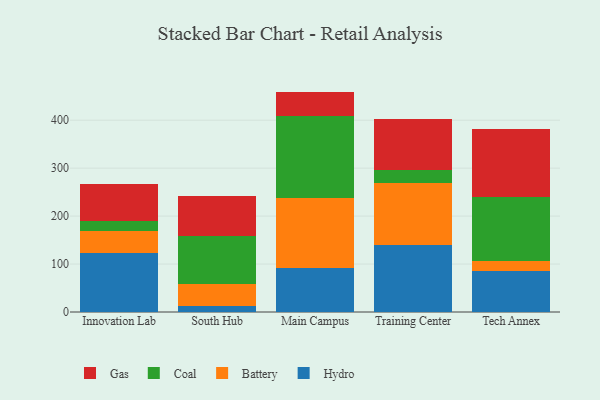
{"axis": {"x": "Campus", "y": "Revenue (USD Million)"}, "legend": ["Battery", "Coal", "Gas", "Hydro"], "data": [{"x": "Innovation Lab", "y": 123.7, "type": "Hydro"}, {"x": "Innovation Lab", "y": 45.3, "type": "Battery"}, {"x": "Innovation Lab", "y": 21.8, "type": "Coal"}, {"x": "Innovation Lab", "y": 76.5, "type": "Gas"}, {"x": "South Hub", "y": 13.1, "type": "Hydro"}, {"x": "South Hub", "y": 45.5, "type": "Battery"}, {"x": "South Hub", "y": 99.4, "type": "Coal"}, {"x": "South Hub", "y": 84.6, "type": "Gas"}, {"x": "Main Campus", "y": 91.6, "type": "Hydro"}, {"x": "Main Campus", "y": 146.3, "type": "Battery"}, {"x": "Main Campus", "y": 170.8, "type": "Coal"}, {"x": "Main Campus", "y": 50.9, "type": "Gas"}, {"x": "Training Center", "y": 138.8, "type": "Hydro"}, {"x": "Training Center", "y": 130.8, "type": "Battery"}, {"x": "Training Center", "y": 27.4, "type": "Coal"}, {"x": "Training Center", "y": 106.5, "type": "Gas"}, {"x": "Tech Annex", "y": 85.8, "type": "Hydro"}, {"x": "Tech Annex", "y": 21.3, "type": "Battery"}, {"x": "Tech Annex", "y": 132.5, "type": "Coal"}, {"x": "Tech Annex", "y": 141.8, "type": "Gas"}]}